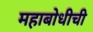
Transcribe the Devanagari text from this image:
महाबोधीची